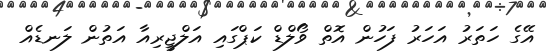
އޭގެ ހަތަރު އަހަރު ފަހުން އޮތް ވޯލްޑް ކަޕްގައި އަލްޖީރިއާ އަތުން ލަނޑެއް